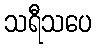
သရီသပေ